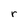
Character: r